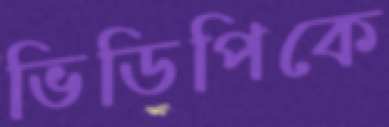
ভিডিপিকে